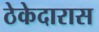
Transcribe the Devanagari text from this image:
ठेकेदारास